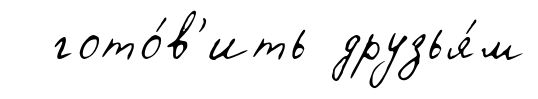
гото́в'ить друзья́м